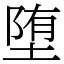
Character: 堕